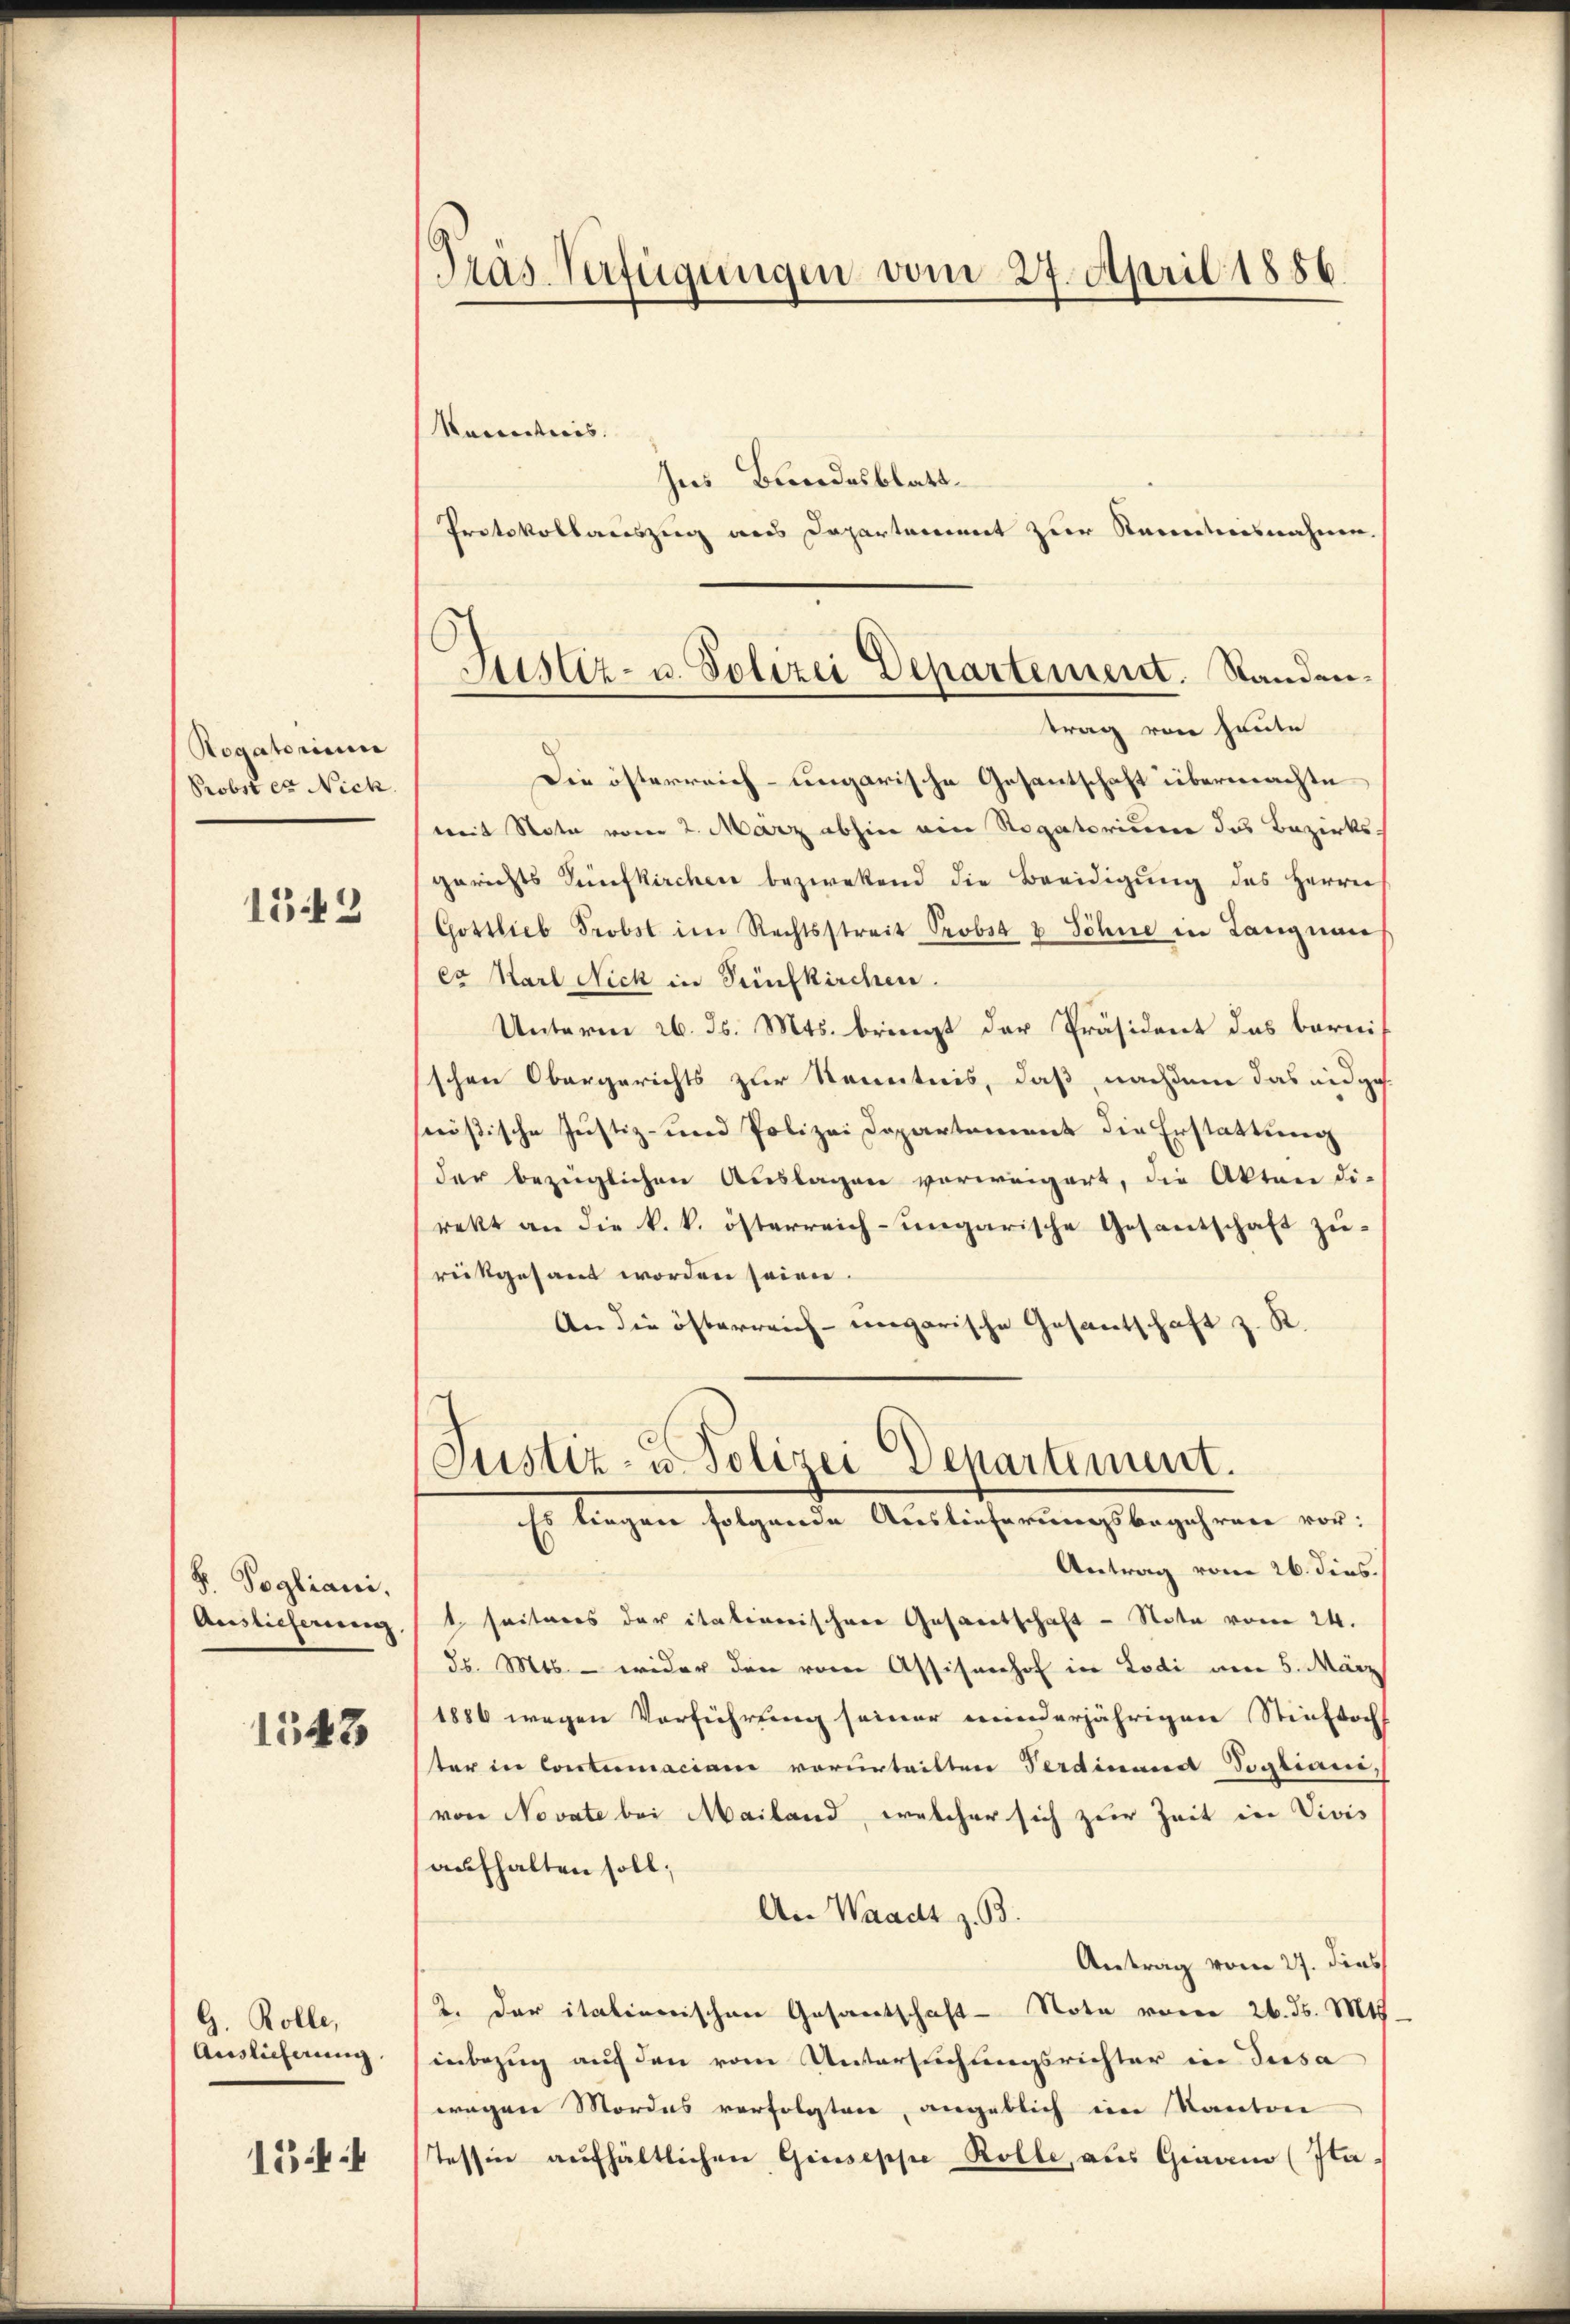
Rogatorium
Probst es Nick.

152

F. Pogliani,
Auslieferung

1548

G. Rolle,
Auslieferung.

154

Tras-Verfügungen vom 27. April 1886.

Justiz- u. Polizei Departement. Standentrag von heute

Racenticis. |
Ins Bundesblatt
Protokollauszug aus Departement zur Kenntnisnahme.
Die österreich-ungarische Gesantschaft übermachte
mit Note vom 2. März abhin am Rogatoriserer das Bezirks
gerichts Zünfkirchen bezwekend die Beeidigung des Herrn
Gottlieb Probst im Rechtsstreit Probst & Söhne in Langnau
ex Karl Nick in Senfkirchen.
Unterm 26. ds. Mts. bringt der Präsident das Barnischen Obergerichts zur Kenntnis, daß, nachdem das eidge
nößische Justiz- und Polizei Departement die Erstattung
der bezüglichen Auslagen verweigert, die Akten di-
rekt an die k. k. österreich-ungarische Gesantschaft zurückgesant worden seien.
An die österreich-ungarische Gesantschaft z. R.
Justiz- u. Polizei Departement.
Es liegen folgende Auslieferungsbegehren vor:
Antrag vom 26. dies.
1 seiteres der itationischene Gesaretschaft - Nota vom 24.
36. Mts. — wider den vom Assisanhof in Lodi am 5. März
1886 wegen Verführung seiner minderjährigen Stieftoch
ster in Contumaciam vorurteilten Verdinand Sogliani,
von Novate bei Mailand, welcher sich zur Zeit in Vivis
aufhalten soll;
An Waadt z. B.
Antrag vom 27. dies
2. der italienischen Gesantschaft - Note von 26. ds. Mts.
inbezug auf den vom Untersuchungsrichter in Tiesa
wegen Mordes verfolgten, angeblich im Kanton
tessin aufhältlichen Giuseppe Rolle, aus Gigano (Ita¬